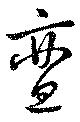
亶